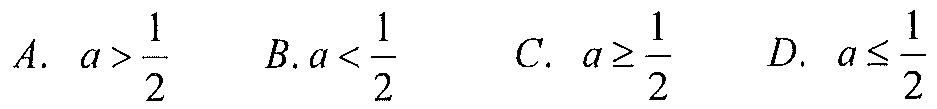
$A.\ a>\frac{1}{2}\quad B.a<\frac{1}{2}\quad C.\ a\geq\frac{1}{2}\quad D.\ a\leq\frac{1}{2}$